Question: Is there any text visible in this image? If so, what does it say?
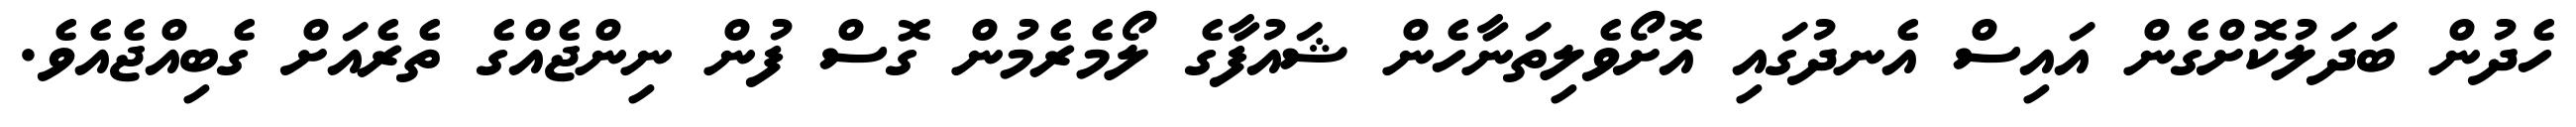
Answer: ހެދުން ބަދަލުކޮށްގެން އައިސް އެނދުގައި އޮށޯވެލިތަނާހެން ޝައުފާގެ ލޯމެރެމުން ގޮސް ފުން ނިންޖެއްގެ ތެރެއަށް ގެބިއްޖެއެވެ.